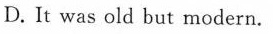
D.It was old but modern.